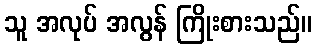
သူ အလုပ် အလွန် ကြိုးစားသည်။